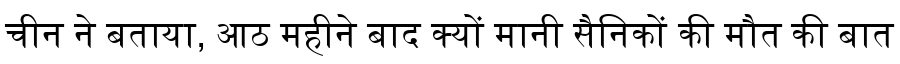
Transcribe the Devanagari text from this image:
चीन ने बताया, आठ महीने बाद क्यों मानी सैनिकों की मौत की बात